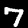
Label: 7